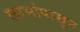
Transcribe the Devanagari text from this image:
लाभांपासून